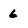
Character: 6